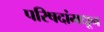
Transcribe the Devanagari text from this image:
परिषदांमधून